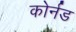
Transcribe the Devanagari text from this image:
कोर्नड